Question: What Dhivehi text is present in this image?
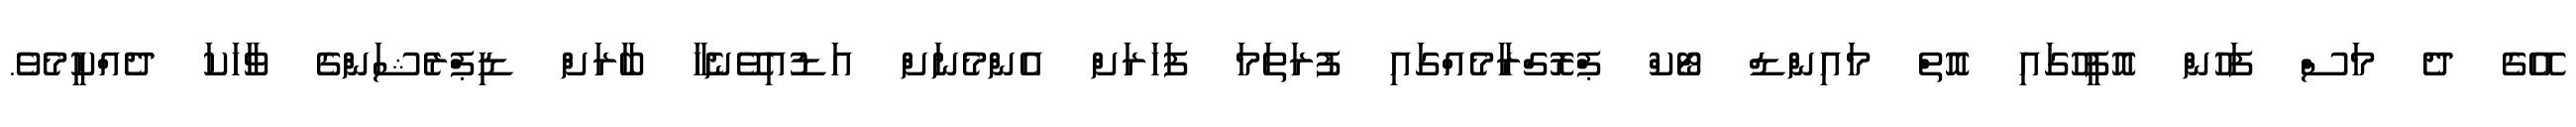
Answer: އޭގެ ދެ މަސް ފަހުން އޮފީހުގައި އޮތް މައިންޑް ޓޯކް ޕްރޮގްރާމެއްގައި ފުރަތަމަ ފަހަރަށް އެންމެނަށް އަޑުއިވޭނެހާ ބާރަށް ޑިޕްރެޝަންގެ ވާހަކަ ދެއްކީމެވެ.